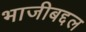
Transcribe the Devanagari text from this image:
भाजीबद्दल